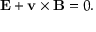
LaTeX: \mathbf { E } + \mathbf { v } \times \mathbf { B } = 0 .